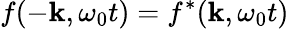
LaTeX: f(-\mathbf{k},\omega_{0}t)=f^{*}(\mathbf{k},\omega_{0}t)